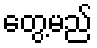
တွေ့မည်